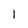
Character: l